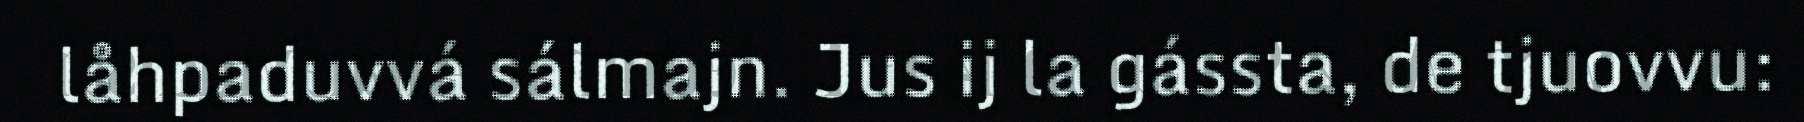
låhpaduvvá sálmajn. Jus ij la gássta, de tjuovvu: